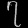
Digit: ၇